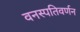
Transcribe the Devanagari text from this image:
वनस्पतिवर्णन